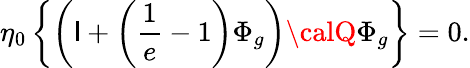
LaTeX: \eta_{0}\left\{ \left({\cal\mathsf{I}}+\left(\frac{{1}}{{e}}-1\right)\Phi_{g}\right){\calQ}\Phi_{g}\right\} =0.